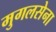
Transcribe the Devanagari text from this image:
मुगलसेना